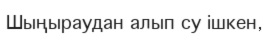
Шыңыраудан алып су ішкен,